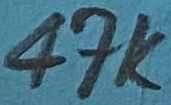
Text: 47K